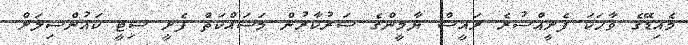
މެއިޑޭގެ ވާހަކަ ފެށީއްސުރެ ރައީސް ޔާމީންގެ ސަރުކާރުން މަސައްކަތް ފެށީ ސިޓީ ކައުންސިލަށް